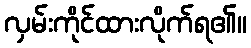
လှမ်းကိုင်ထားလိုက်ရ၏။